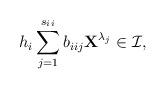
LaTeX: \begin{align*}h_i\sum\limits_{j=1}^{s_{{i_{}i}}}b_{i_{}ij}{\textbf{X}}^{\lambda_j}\in\mathcal I,\end{align*}